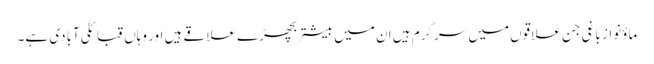
ماؤنواز باغی جن علاقوں میں سرگرم ہیں ان میں بیشتربچھڑے علاقے ہیں اور وہاں قبائلی آبادی ہے۔